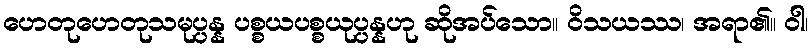
ဟေတုဟေတုသမုပ္ပန္န ပစ္စယပစ္စယုပ္ပန္နဟု ဆိုအပ်သော။ ဝိသယဿ၊ အရာ၏။ ဝါ၊